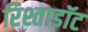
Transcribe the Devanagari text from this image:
रिश्ताडॉट